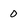
Character: 0